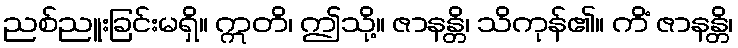
ညစ်ညူးခြင်းမရှိ။ ဣတိ၊ ဤသို့။ ဇာနန္တိ၊ သိကုန်၏။ ကိံ ဇာနန္တိ၊